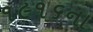
૧૯૧૬ના